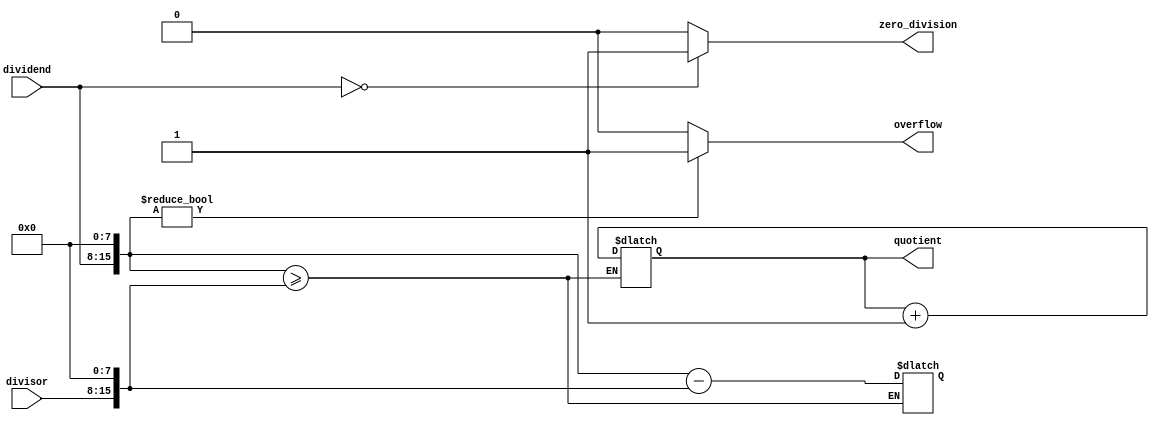
module fixed_point_divider (
    input [7:0] dividend,
    input [7:0] divisor,
    output reg [7:0] quotient,
    output reg overflow,
    output reg zero_division
);

reg [15:0] numerator;
reg [7:0] remainder;

always @ (dividend, divisor) begin
    numerator <= dividend << 8;
end

always @ (remainder) begin
    if (numerator >= (divisor << 8)) begin
        quotient <= quotient + 1;
        numerator <= numerator - (divisor << 8);
    end
    remainder <= numerator >> 8;
end

always @ (remainder) begin
    if (remainder == 0) begin
        zero_division <= 1;
    end else begin
        zero_division <= 0;
    end

    if (numerator != 0) begin
        overflow <= 1;
    end else begin
        overflow <= 0;
    end
end

endmodule